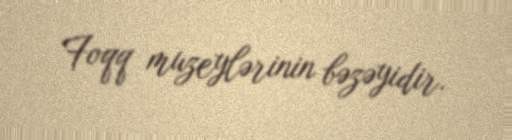
Foqq muzeylərinin bəzəyidir.